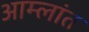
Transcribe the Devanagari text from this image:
आम्लांत